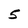
Character: 5